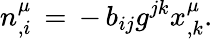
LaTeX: n_{,i}^{\mu}\, =\, -\, b_{ij}g^{jk}x_{,k}^{\mu}.